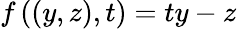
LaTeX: f\left(\left(y,z\right),t\right)=ty-z